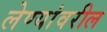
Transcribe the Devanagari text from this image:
लेण्यांवरील